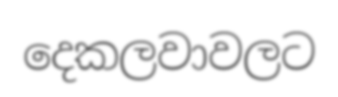
දෙකලවාවලට